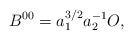
LaTeX: \begin{align*}B^{00}=a_1^{3/2}a_2^{-1}O,\end{align*}